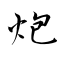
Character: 炮